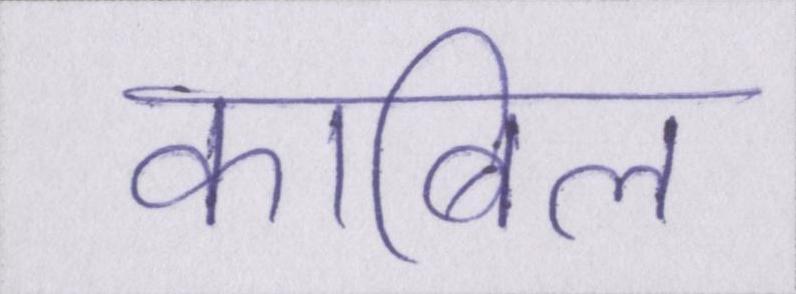
काबिल